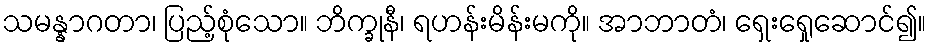
သမန္နာဂတာ၊ ပြည့်စုံသော။ ဘိက္ခုနီ၊ ရဟန်းမိန်းမကို။ အာဘာတံ၊ ရှေးရှေုဆောင်၍။